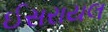
ઈસરાયલ